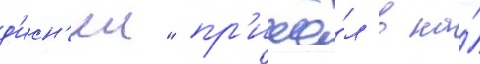
д'исн'еи" пр'ишё́л в на́